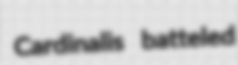
Cardinalis batteled